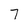
Character: 7